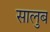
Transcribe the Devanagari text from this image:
सालुब